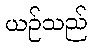
ယဉ်သည်